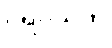
ပရိဝိသတိ